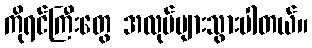
ကိုရင်ကြီးတွေ အလုပ်များသွားပါတယ်။